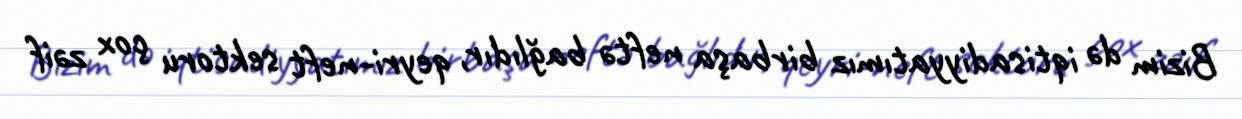
Bizim də iqtisadiyyatımız birbaşa neftə bağlıdır, qeyri-neft sektoru çox zəif